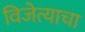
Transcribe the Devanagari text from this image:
विजेत्याचा